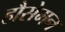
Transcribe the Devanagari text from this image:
हौसेमन